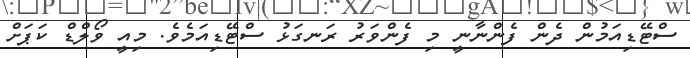
ސްޓޭޑިއަމުން ދެން ފެންނާނީ މި ފެންވަރު ރަނގަޅު ސްޓޭޑިއަމެވެ. މިއީ ވޯލްޑް ކަޕަށް